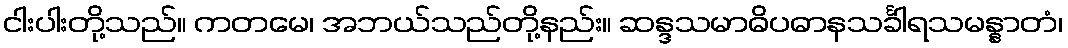
ငါးပါးတို့သည်။ ကတမေ၊ အဘယ်သည်တို့နည်း။ ဆန္ဒသမာဓိပဓာနသင်္ခါရသမန္နာတံ၊